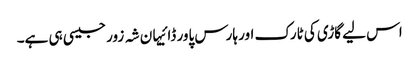
اس لیے گاڑی کی ٹارک اور ہارس پاور ڈائیہان شہ زور جیسی ہی ہے۔